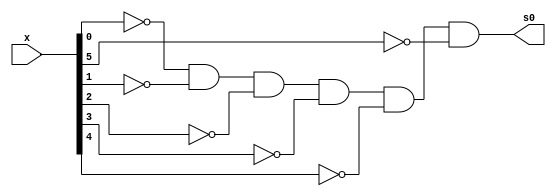
//Guilherme Rodrigues Melo de Oliveira - 427409
//---------------------------------------------
//Somador algebrico(ampliado) - soma e subtracao
//                            - verficar se  0  
//---------------------------------------------

module AND6 (output s0,	 
             input [5:0] x);
				 
assign s0 = ~x[0] & ~x[1] & ~x[2] & ~x[3] & ~x[4] & ~x[5];

endmodule

//-----------------------------------------------------

module ver0(output s0,
            input[5:0] x);
				
AND6 gate_ver0(s0,x);

endmodule

//---------------------------------------------------

module half_adder (output s0,	 
                 output s1,  
                 input x,  
                 input y); 


and AND1(s1,x,y);
xor XOR1(s0,x,y);

endmodule 

// ------------------------- 
module full_adder (output s0,	 
                  output s1,  
                  input x,  
                  input y,  
                  input c_in); 
 

wire half_adder1[0:1];
wire half_adder2[0:1];

half_adder porta1(half_adder1[1],half_adder1[0],x,y);
half_adder porta2(half_adder2[1],half_adder2[0],half_adder1[1],c_in);

assign s0 = half_adder2[1];
or(s1,half_adder1[0],half_adder2[0]);
 
endmodule 
//---------------------------------
module selecionar(output s0,
                  output s1,
						input x,
						input y,
						input c_in,
						input selecionador);
						
wire XOR1;
xor XOR_g(XOR1,y,selecionador);
full_adder Sum(s0,s1,x,XOR1,c_in);	

endmodule
//---------------------------------
module exemplo0031(output[5:0] s0,
						 input[5:0] x,
						 input[5:0] y,
						 input selecionador);
						 
						 
      wire [5:0] w; 
      wire [5:0] z;      
      wire c;
		wire c2;
		wire c3;
		wire c4;
		wire c5;
		wire c6;
					
		selecionar sum0(s0[0],c,x[0],y[0],selecionador,selecionador);
		selecionar sum1(s0[1],c2,x[1],y[1],c,selecionador);
		selecionar sum2(s0[2],c3,x[2],y[2],c2,selecionador);
		selecionar sum3(s0[3],c4,x[3],y[3],c3,selecionador);
		selecionar sum4(s0[4],c5,x[4],y[4],c4,selecionador);
		selecionar sum5(s0[5],c6,x[5],y[5],c5,selecionador);	
		
		endmodule	
// -------------------------------------------------------------	

module test_ver0;

      reg[5:0] x;
		reg[5:0] y;
		reg c;
		wire w;
		
		wire[5:0] z;
		
		
		exemplo0031 somador(z,x,y,c);
		ver0 v1(w,z);

// ------------------------------------------------------

initial begin 
      
		
		$display("Exemplo0032"); 
      $display("Guilherme Rodrigues Melo de Oliveira");

      x=6'b010011;	y=6'b000011; c=1'b0;	
		#1 $display("%b + %b = %b   =0? %b",x,y,z,w);
		
		x=6'b011011;	y=6'b011011; c=1'b1;	
		#2 $display("%b - %b = %b =0? %b",x,y,z,w);

end 
 
endmodule